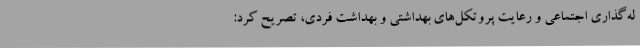
له‌گذاری اجتماعی و رعایت پروتکل‌های بهداشتی و بهداشت فردی، تصریح کرد: